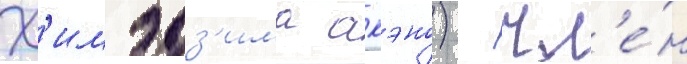
Х'имэдз'има акэно) - чл'е́н